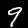
Label: 9